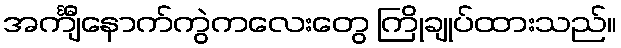
အင်္ကျီနောက်ကွဲကလေးတွေ ကြိုချုပ်ထားသည်။